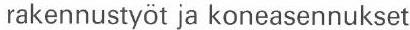
rakennustyöt ja koneasennukset